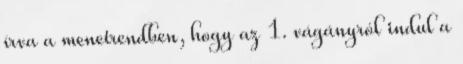
írva a menetrendben, hogy az 1. vágányról indul a